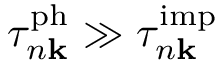
\tau _ { n \mathbf k } ^ { \mathrm { p h } } \gg \tau _ { n \mathbf k } ^ { \mathrm { i m p } }